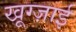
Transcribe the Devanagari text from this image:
खूग्ज़ाई